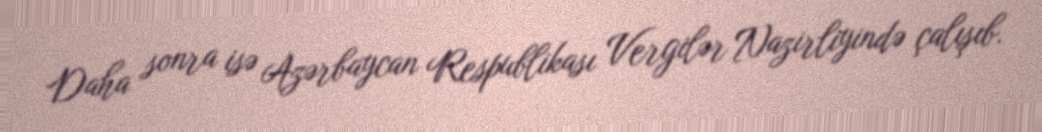
Daha sonra isə Azərbaycan Respublikası Vergilər Nazirliyində çalışıb.